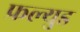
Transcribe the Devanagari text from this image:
फ्रल्युड